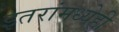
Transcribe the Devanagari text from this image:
इतरांमध्येही